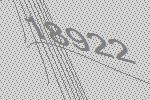
18922